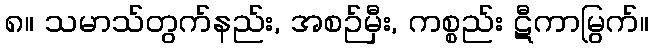
၈။ သမာသ်တွက်နည်း, အစဉ်မှီး, ကစ္စည်း ဋီကာမြွက်။